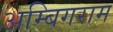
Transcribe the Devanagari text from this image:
अम्बिगराम